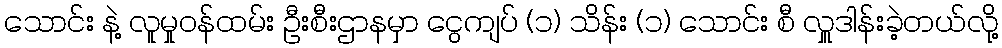
သောင်း နဲ့ လူမှုဝန်ထမ်း ဦးစီးဌာနမှာ ငွေကျပ် (၁) သိန်း (၁) သောင်း စီ လှူဒါန်းခဲ့တယ်လို့